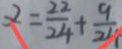
\alpha = \frac { 2 2 } { 2 4 } + \frac { 9 } { 2 4 }